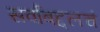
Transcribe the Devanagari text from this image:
सर्वांबद्दलचं